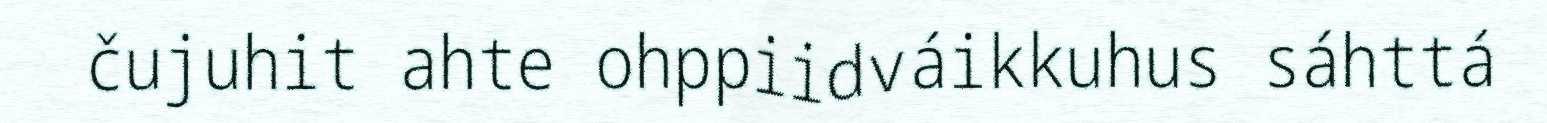
čujuhit ahte ohppiidváikkuhus sáhttá